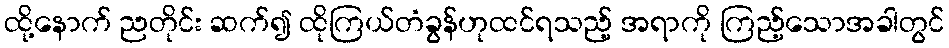
ထို့နောက် ညတိုင်း ဆက်၍ ထိုကြယ်တံခွန်ဟုထင်ရသည့် အရာကို ကြည့်သောအခါတွင်